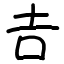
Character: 𠮷